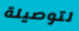
لتوصيلة